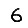
Digit: 6